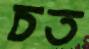
চত